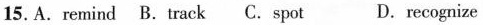
15. A.remind B.track C.spot D.recognize